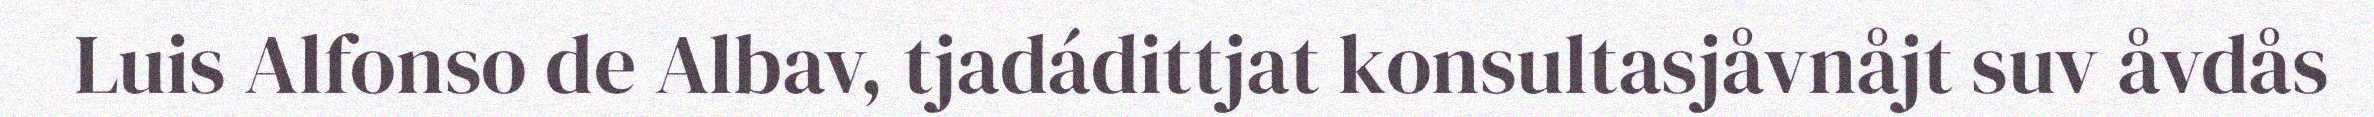
Luis Alfonso de Albav, tjadádittjat konsultasjåvnåjt suv åvdås